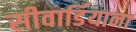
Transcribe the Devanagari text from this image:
सीवार्डियाना